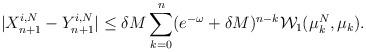
LaTeX: \begin{align*}|X_{n+1}^{i,N} - Y_{n+1}^{i,N}| \le \delta M \sum_{k=0}^{n}(e^{-\omega}+\delta M )^{n-k} \mathcal{W}_{1}(\mu_{k}^{N},\mu_{k}). \end{align*}